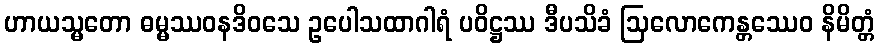
ဟာယသ္မတော ဓမ္မဿဝနဒိဝသေ ဥပေါသထာဂါရံ ပဝိဋ္ဌဿ ဒီပသိခံ ဩလောကေန္တဿေဝ နိမိတ္တံ